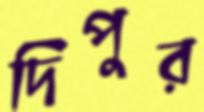
দিপুর